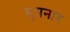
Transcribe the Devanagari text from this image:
मुपनार